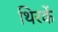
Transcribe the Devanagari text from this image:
थिरकें